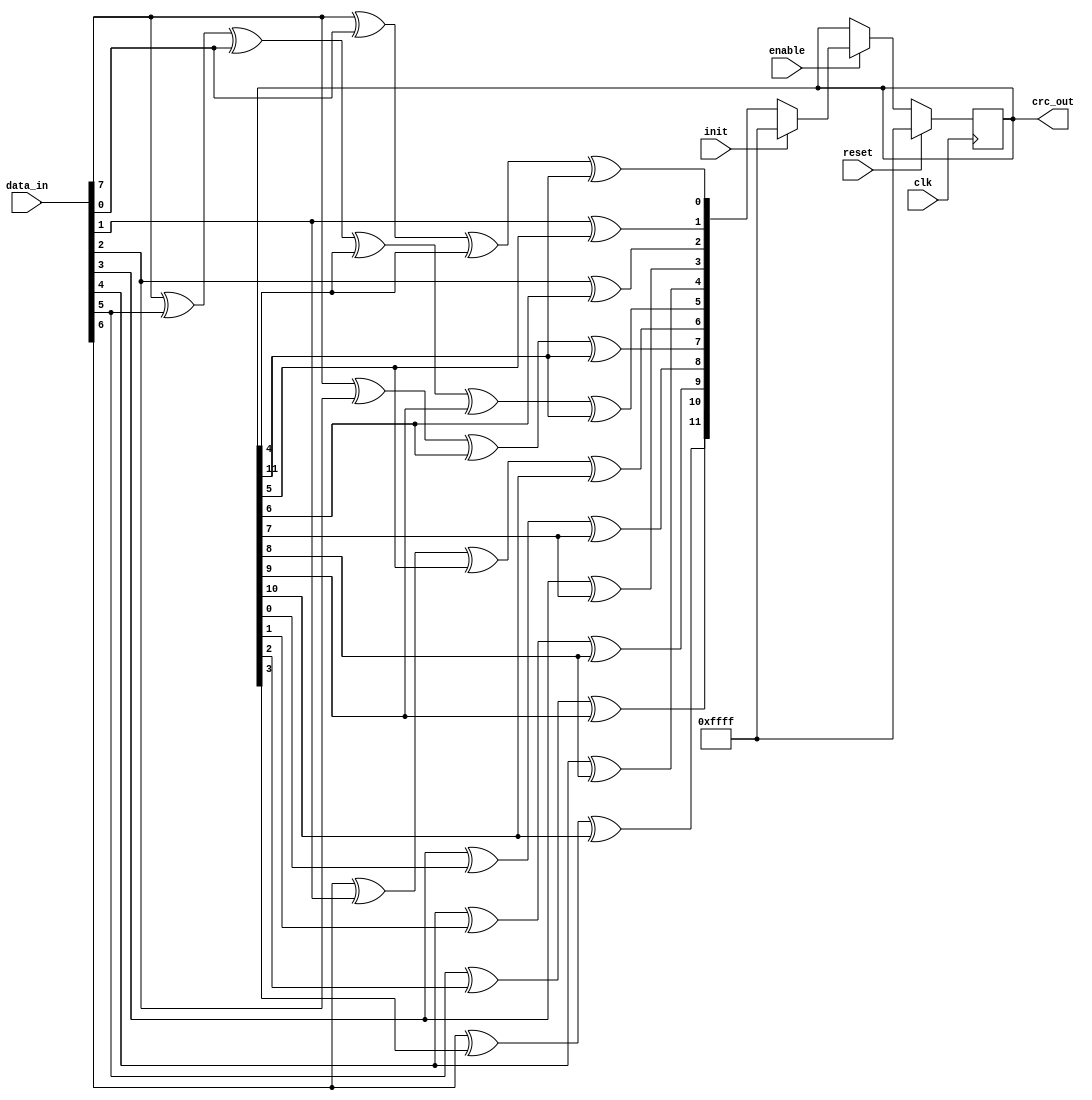
module parallel_crc_ccitt (
clk     ,
reset   ,
enable  ,
init    , 
data_in , 
crc_out
);

input clk     ;
input reset   ;
input enable  ;
input init    ;
input [7:0] data_in ;
output [15:0] crc_out;
reg [15:0]   crc_reg;
wire [15:0]  next_crc;
assign crc_out = crc_reg;
always @ (posedge clk)
if (reset) begin
  crc_reg <= 16'hFFFF;
end else if (enable) begin
  if (init) begin
     crc_reg <= 16'hFFFF;
  end else begin
     crc_reg <= next_crc;
  end
end

assign next_crc[0] = data_in[7] ^ data_in[0] ^ crc_reg[4] ^ crc_reg[11];
assign next_crc[1] = data_in[1] ^ crc_reg[5];
assign next_crc[2] = data_in[2] ^ crc_reg[6];
assign next_crc[3] = data_in[3] ^ crc_reg[7];
assign next_crc[4] = data_in[4] ^ crc_reg[8];
assign next_crc[5] = data_in[7] ^ data_in[5] ^ data_in[0] ^ crc_reg[4] ^ crc_reg[9] ^ crc_reg[11];
assign next_crc[6] = data_in[6] ^ data_in[1] ^ crc_reg[5] ^ crc_reg[10];
assign next_crc[7] = data_in[7] ^ data_in[2] ^ crc_reg[6] ^ crc_reg[11];
assign next_crc[8] = data_in[3] ^ crc_reg[0] ^ crc_reg[7];
assign next_crc[9] = data_in[4] ^ crc_reg[1] ^ crc_reg[8];
assign next_crc[10] = data_in[5] ^ crc_reg[2] ^ crc_reg[9];
assign next_crc[11] = data_in[6] ^ crc_reg[3] ^ crc_reg[10];

endmodule